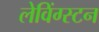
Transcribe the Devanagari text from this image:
लेविंग्स्टन